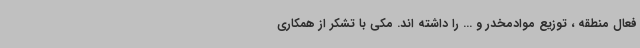
فعال منطقه ، توزیع موادمخدر و ... را داشته اند. مکی با تشکر از همکاری